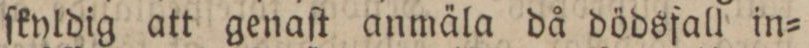
ſkyldig att genaſt anmäla då dödsfall in=